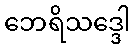
ဘေရိသဒ္ဒေါ